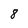
Character: 8